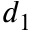
d _ { 1 }